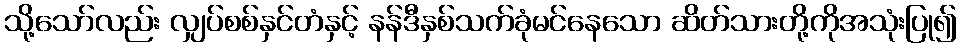
သို့သော်လည်း လျှပ်စစ်နှင်တံနှင့် နန်ဒီနှစ်သက်ခုံမင်နေသော ဆိတ်သားတို့ကိုအသုံးပြု၍